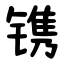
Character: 镌